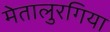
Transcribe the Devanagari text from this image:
मेतालुरगिया